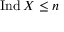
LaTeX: \operatorname { I n d } X \leq n